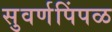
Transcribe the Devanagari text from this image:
सुवर्णपिंपळ